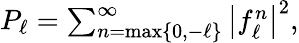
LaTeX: \begin{array}{r}{P_{\ell}=\sum_{n=\mathrm{max}\{ 0,-\ell\} }^{\infty}\left|f_{\ell}^{n}\right|^{2},}\end{array}